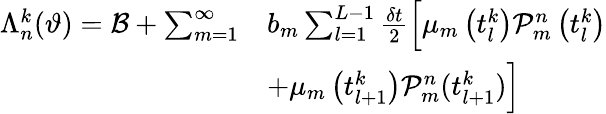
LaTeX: \begin{array}{rl}{\Lambda_{n}^{k}(\vartheta)=\mathcal{B}+\sum_{m=1}^{\infty}}&{b_{m}\sum_{l=1}^{L-1}\frac{\delta t}{2}\Big[\mu_{m}\left(t_{l}^{k}\right)\mathcal{P}_{m}^{n}\left(t_{l}^{k}\right)}\\ &{+\mu_{m}\left(t_{l+1}^{k}\right)\mathcal{P}_{m}^{n}(t_{l+1}^{k})\Big]}\end{array}